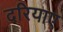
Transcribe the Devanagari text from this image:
दरियाए